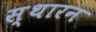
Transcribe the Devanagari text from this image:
स्थारन